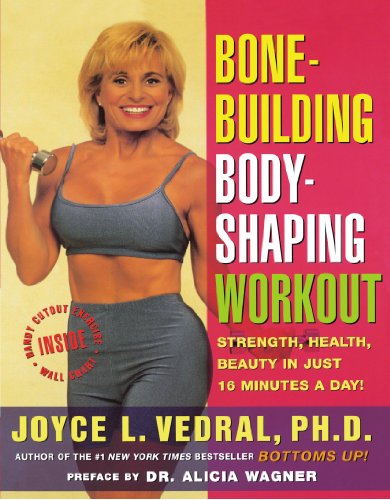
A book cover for Bone Building Body Shaping Workout: Strength Health Beauty In Just 16 Minutes A Day; Joyce L. Vedral; Health, Fitness & Dieting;